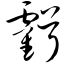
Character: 亏